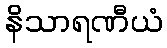
နိသာရဏီယံ